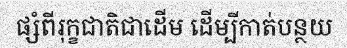
ផ្សំពីរុក្ខជាតិជាដើម ដើម្បីកាត់បន្ថយ